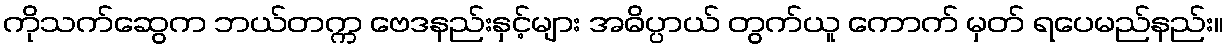
ကိုသက်ဆွေက ဘယ်တက္က ဗေဒနည်းနှင့်များ အဓိပ္ပာယ် တွက်ယူ ကောက် မှတ် ရပေမည်နည်း။